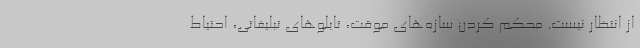
از انتظار نیست. محکم کردن سازه‌های موقت، تابلوهای تبلیغاتی، احتیاط